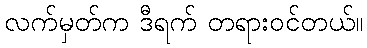
လက်မှတ်က ဒီရက် တရားဝင်တယ်။